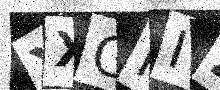
Text: YXGPIZ